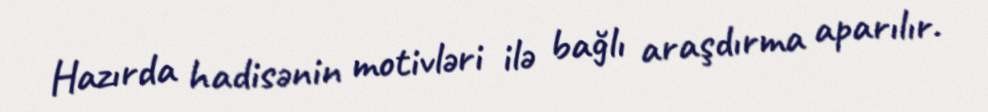
Hazırda hadisənin motivləri ilə bağlı araşdırma aparılır.